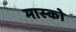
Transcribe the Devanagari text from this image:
मास्‍को